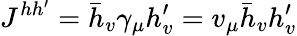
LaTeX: J^{hh^{\prime}}=\bar{h}_{v}\gamma_{\mu}h_{v}^{\prime}=v_{\mu}\bar{h}_{v}h_{v}^{\prime}